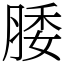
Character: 腇